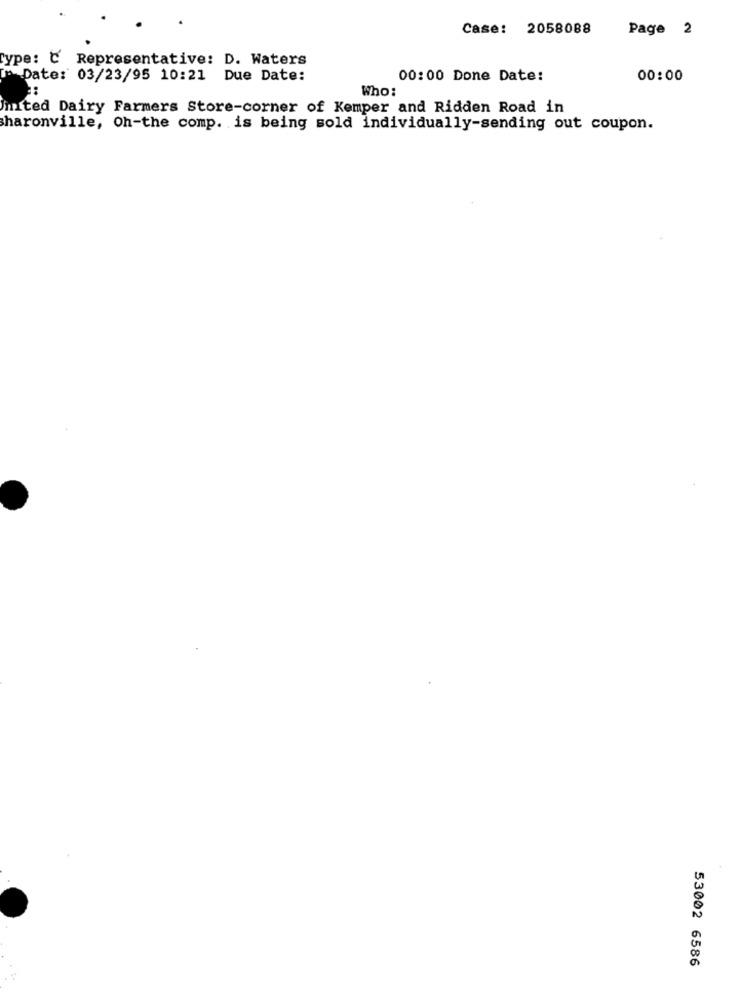
Case: 2058088
Page 2
Type: C Representative: D. Waters
Date: 03/23/95 10:21 Due Date:
00:00 Done Date:
00:00
Who:
mited Dairy Farmers Store-corner of Kemper and Ridden Road in
sharonville, Oh-the comp. is being sold individually-sending out coupon.
53002 6586